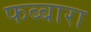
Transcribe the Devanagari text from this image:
फब्बारा